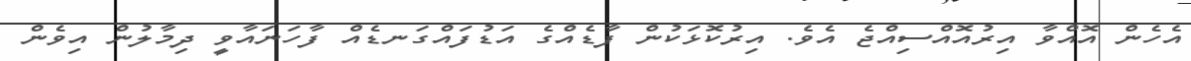
އެހެން އޮއްވާ އިރުއޮއްސިއްޖެ އެވެ. އިރުކޮޅަކުން ފާޑެއްގެ އަޑުފައްގަނޑެއް ފާހަނައާވީ ދިމާލުން އިވެން